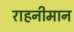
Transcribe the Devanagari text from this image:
राहनीमान